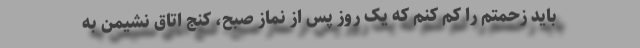
باید زحمتم را کم کنم که یک روز پس از نماز صبح، کنج اتاق نشیمن به